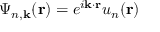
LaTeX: { \Psi } _ { n , \mathbf { k } } ( \mathbf { r } ) = e ^ { i \mathbf { k } \cdot \mathbf { r } } u _ { n } ( \mathbf { r } )